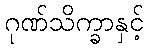
ဂုဏ်သိက္ခာနှင့်